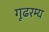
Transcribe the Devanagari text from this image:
गूढरम्य